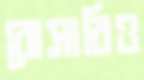
রোসারিও